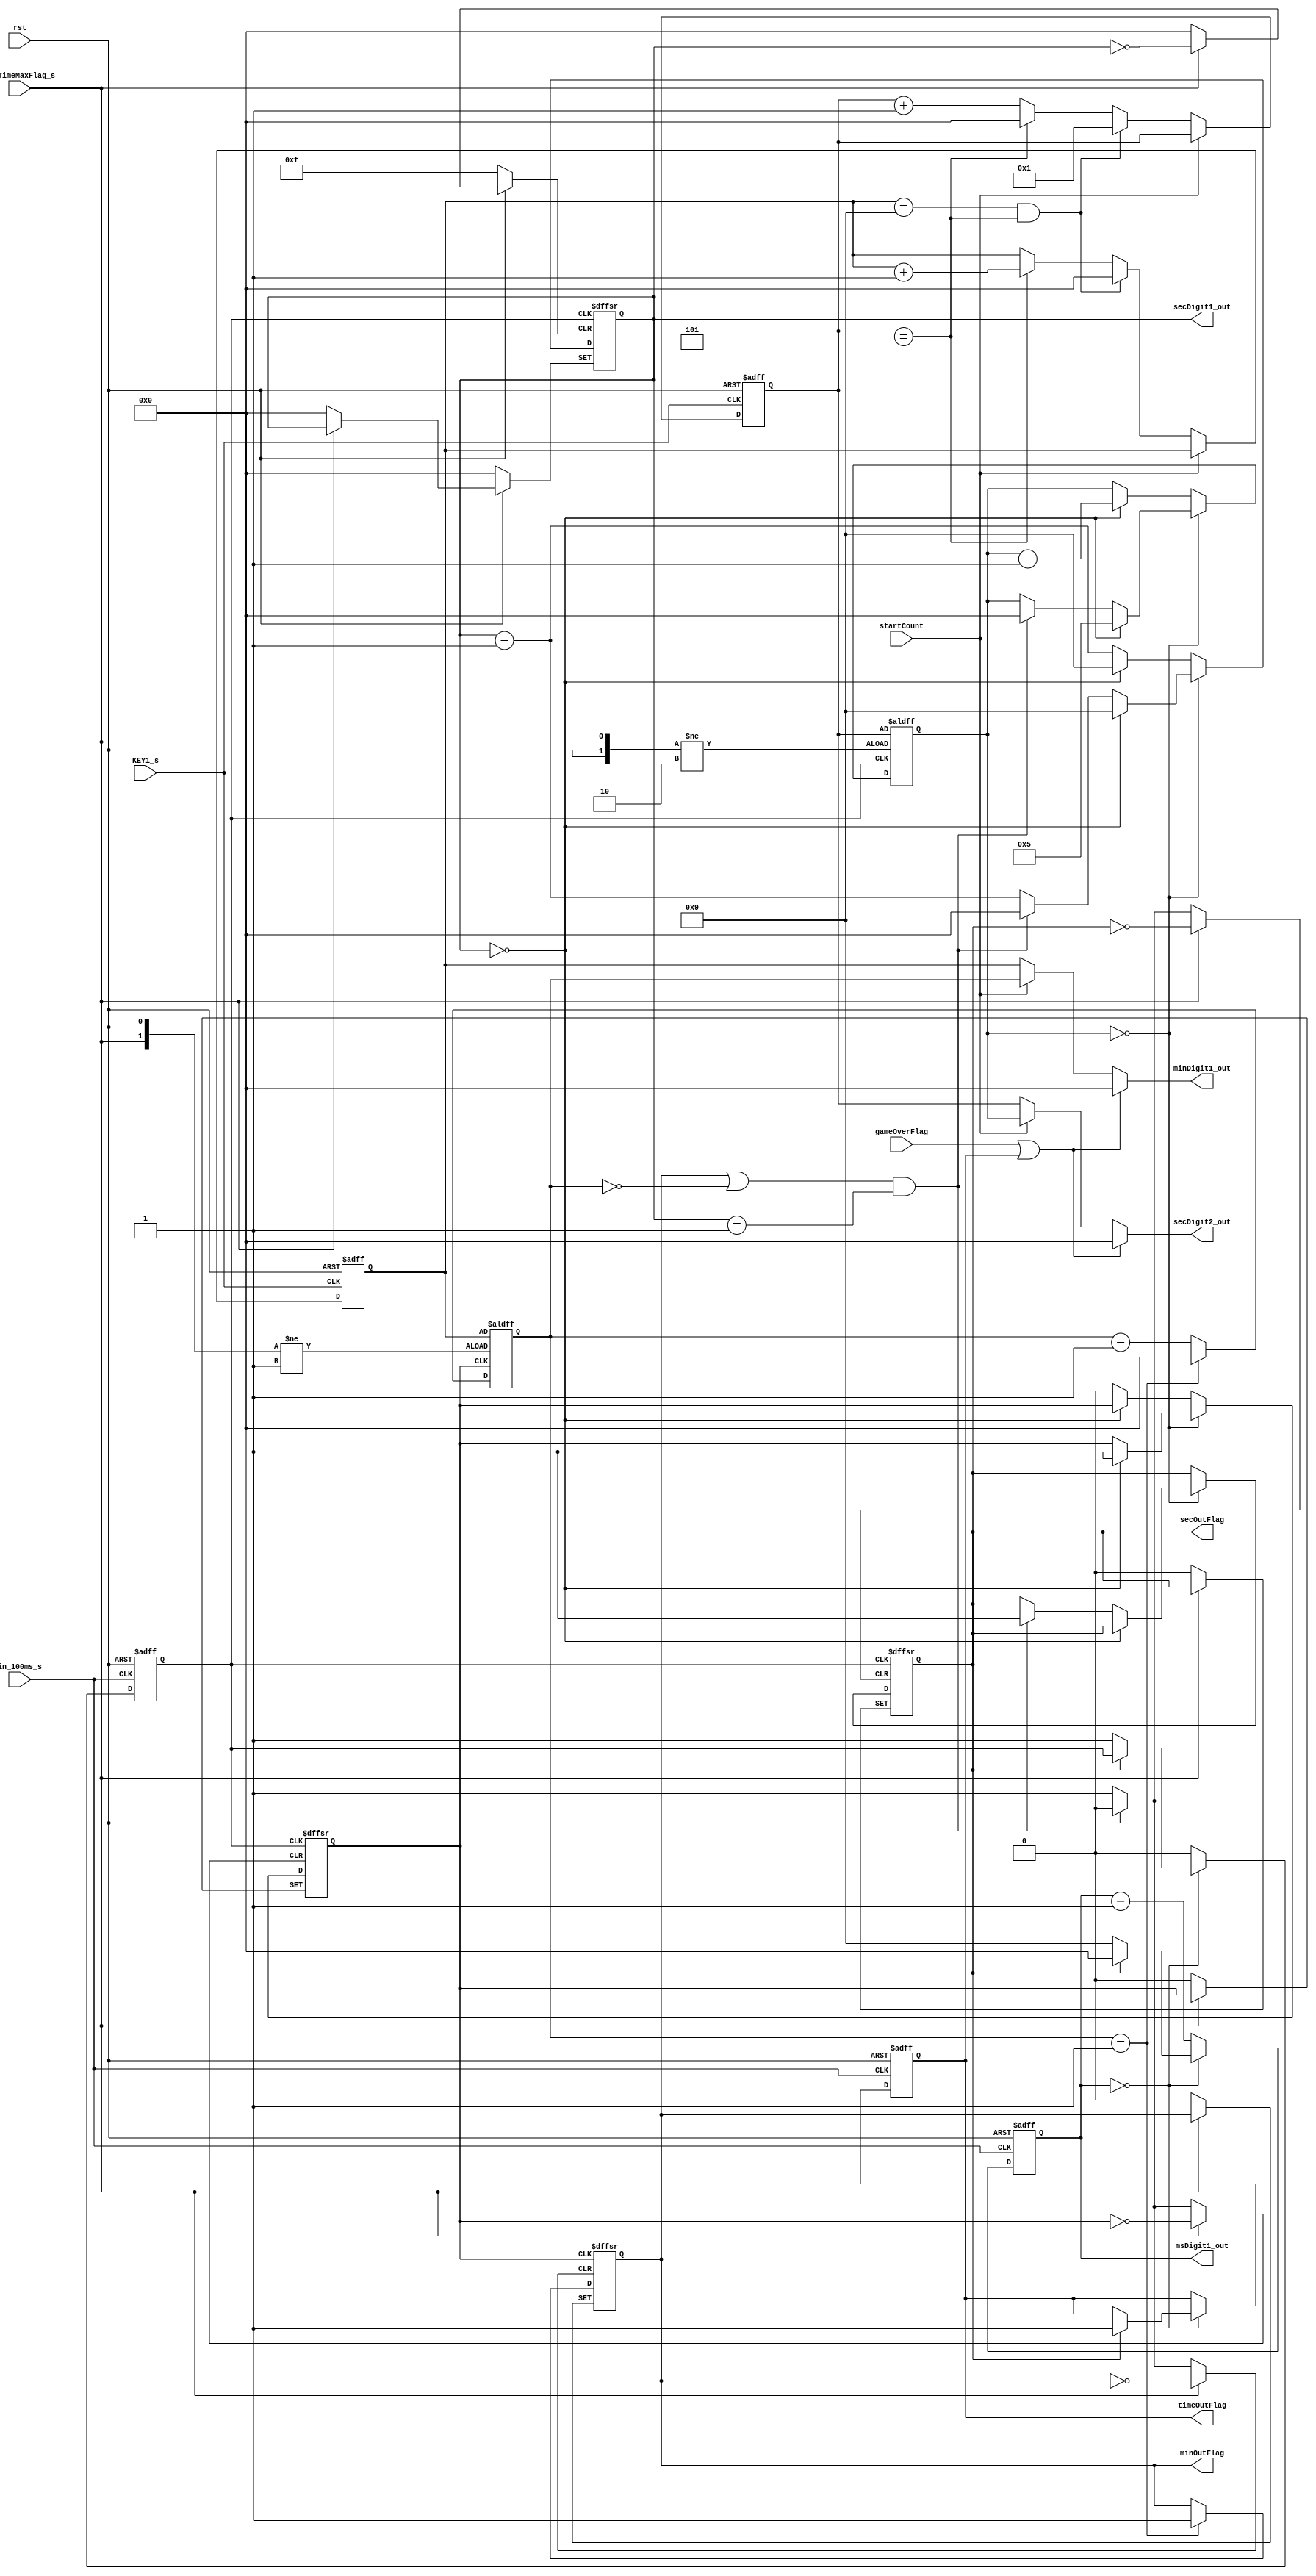
// when startCount = 0, we can set the timeMax.
// then we set setTimeMaxFlag_s = 1 to update the timeMax to the counter
// then we set setTimeMaxFlag_s = 0 to get the counter ready
// set startCount = 1 to start the counter.


module CountDownTimer(rst, startCount, gameOverFlag, setTimeMaxFlag_s, KEY1_s, in_100ms_s, 
		secDigit2_out, secDigit1_out, msDigit1_out, minDigit1_out, timeOutFlag, minOutFlag, secOutFlag);
	input rst, in_100ms_s, setTimeMaxFlag_s, KEY1_s, startCount, gameOverFlag;
	output reg[3:0] secDigit2_out, secDigit1_out, msDigit1_out, minDigit1_out;
	output reg timeOutFlag, minOutFlag, secOutFlag;
	reg flag1s, flag1min;
	reg[3:0] secMax, minMax, secDigit2, minDigit1;

	always @ (secMax, secDigit2, gameOverFlag, minDigit1)	begin
		if(gameOverFlag||timeOutFlag)	begin
			minDigit1_out = 0;
			secDigit2_out = 0;
		end
		else	if(~startCount)	begin
			minDigit1_out = minMax;
			secDigit2_out = secMax;
		end
		else 	begin
			minDigit1_out = minDigit1;
			secDigit2_out = secDigit2;
		end
	end
	always@(posedge in_100ms_s, negedge rst)	begin
		if(~rst)	begin
			msDigit1_out <= 4'd0;
			flag1s <= 0;
			timeOutFlag <= 0;
		end
		else	begin
			if(msDigit1_out == 4'd0)	begin
				if(secOutFlag)	begin
					timeOutFlag <= 1;
					msDigit1_out <= 4'd0;
				end
				else	begin
					msDigit1_out <= 4'd9;
					flag1s <= 1;
				end
			end
			else	begin
				msDigit1_out <= msDigit1_out - 4'd1;
				flag1s <= 0;
			end
		end
	end

	always @ (negedge rst, posedge setTimeMaxFlag_s, posedge flag1s)	begin
		if(!rst)	begin
			secDigit2 <= secMax;
			secDigit1_out <= 4'd0;
			flag1min <= 0;
			secOutFlag <= 0;
		end
		else	begin
			if(setTimeMaxFlag_s)	begin
				secDigit2 <= secMax;
			end			
			else	begin
				if(secDigit2 == 0)	begin
					if(secDigit1_out == 0)	begin
						flag1min <= 1;
						secDigit2 <= 4'd5;
						secDigit1_out <= 4'd9;			
					end
					else if((minOutFlag || (minDigit1 == 0))&&secDigit1_out==4'd1)	begin
						secOutFlag <= 1;
						secDigit2 <= 4'd0;
						secDigit1_out <= 4'd0;
					end
					else	begin
						secDigit1_out <= secDigit1_out - 4'd1;
					end
				end
				else	begin
					if(secDigit1_out == 0)	begin
						secDigit2 <= secDigit2 - 4'd1;
						secDigit1_out <= 4'd9;
					end
					else	begin
						secDigit1_out <= secDigit1_out - 4'd1;
						flag1min <= 0;
					end
				end
			end
		end
	end

	always @(posedge flag1min, posedge setTimeMaxFlag_s, negedge rst)	begin
		if(~rst)	begin
			minOutFlag <= 0;
			minDigit1 <= minMax;
		end
		else	begin
			if(setTimeMaxFlag_s)	begin
				minDigit1 <= minMax;
			end
			else	begin
				if(minDigit1 == 4'd1)	begin
					minOutFlag <= 1;
					minDigit1 <= 4'd0;
				end
				else	begin
					minDigit1 <= minDigit1 - 4'd1;
				end
			end
		end
	end

	always @(posedge KEY1_s, negedge rst)	begin
		if(~rst)	begin
			//the default starting time
			secMax <= 4'd2;
			minMax <= 4'd0;
		end
		else	begin
			if(~startCount)	begin
				if(minMax == 4'd9 && secMax == 4'd5)	begin
					minMax <= 4'd0;
					secMax <= 4'd1;
				end
				else	begin
					if(secMax == 4'd5)	begin
						secMax <= 4'd0;
						minMax <= minMax + 4'd1;
					end
					else	begin
						secMax <= secMax + 4'd1;
					end
				end
			end
		end
	end
endmodule